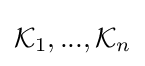
{\mathcal {K}}_{1},...,{\mathcal {K}}_{n}